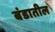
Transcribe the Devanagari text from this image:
बंडातील